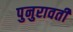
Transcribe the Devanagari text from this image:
पुनुरावर्ती